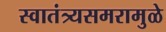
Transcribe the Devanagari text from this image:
स्वातंत्र्यसमरामुळे